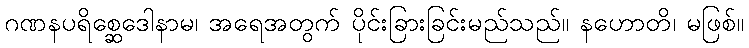
ဂဏနပရိစ္ဆေဒေါနာမ၊ အရေအတွက် ပိုင်းခြားခြင်းမည်သည်။ နဟောတိ၊ မဖြစ်။